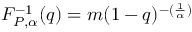
F _ { P , \alpha } ^ { - 1 } ( q ) = m ( 1 - q ) ^ { - ( \frac { 1 } { \alpha } ) }